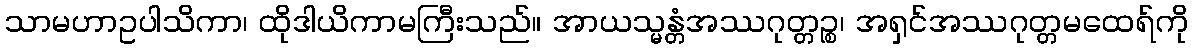
သာမဟာဥပါသိကာ၊ ထိုဒါယိကာမကြီးသည်။ အာယသ္မန္တံအဿဂုတ္တဉ္စ၊ အရှင်အဿဂုတ္တမထေရ်ကို